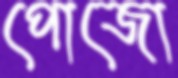
পোজো